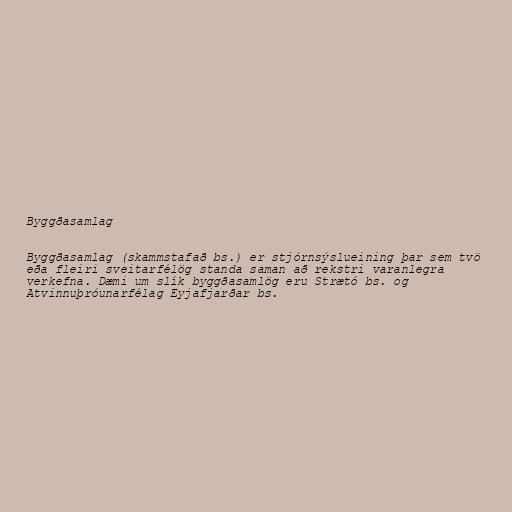
Byggðasamlag

Byggðasamlag (skammstafað bs.) er stjórnsýslueining þar sem tvö
eða fleiri sveitarfélög standa saman að rekstri varanlegra
verkefna. Dæmi um slík byggðasamlög eru Strætó bs. og
Atvinnuþróunarfélag Eyjafjarðar bs.